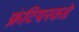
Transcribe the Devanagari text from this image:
फ्रंटियरकडे